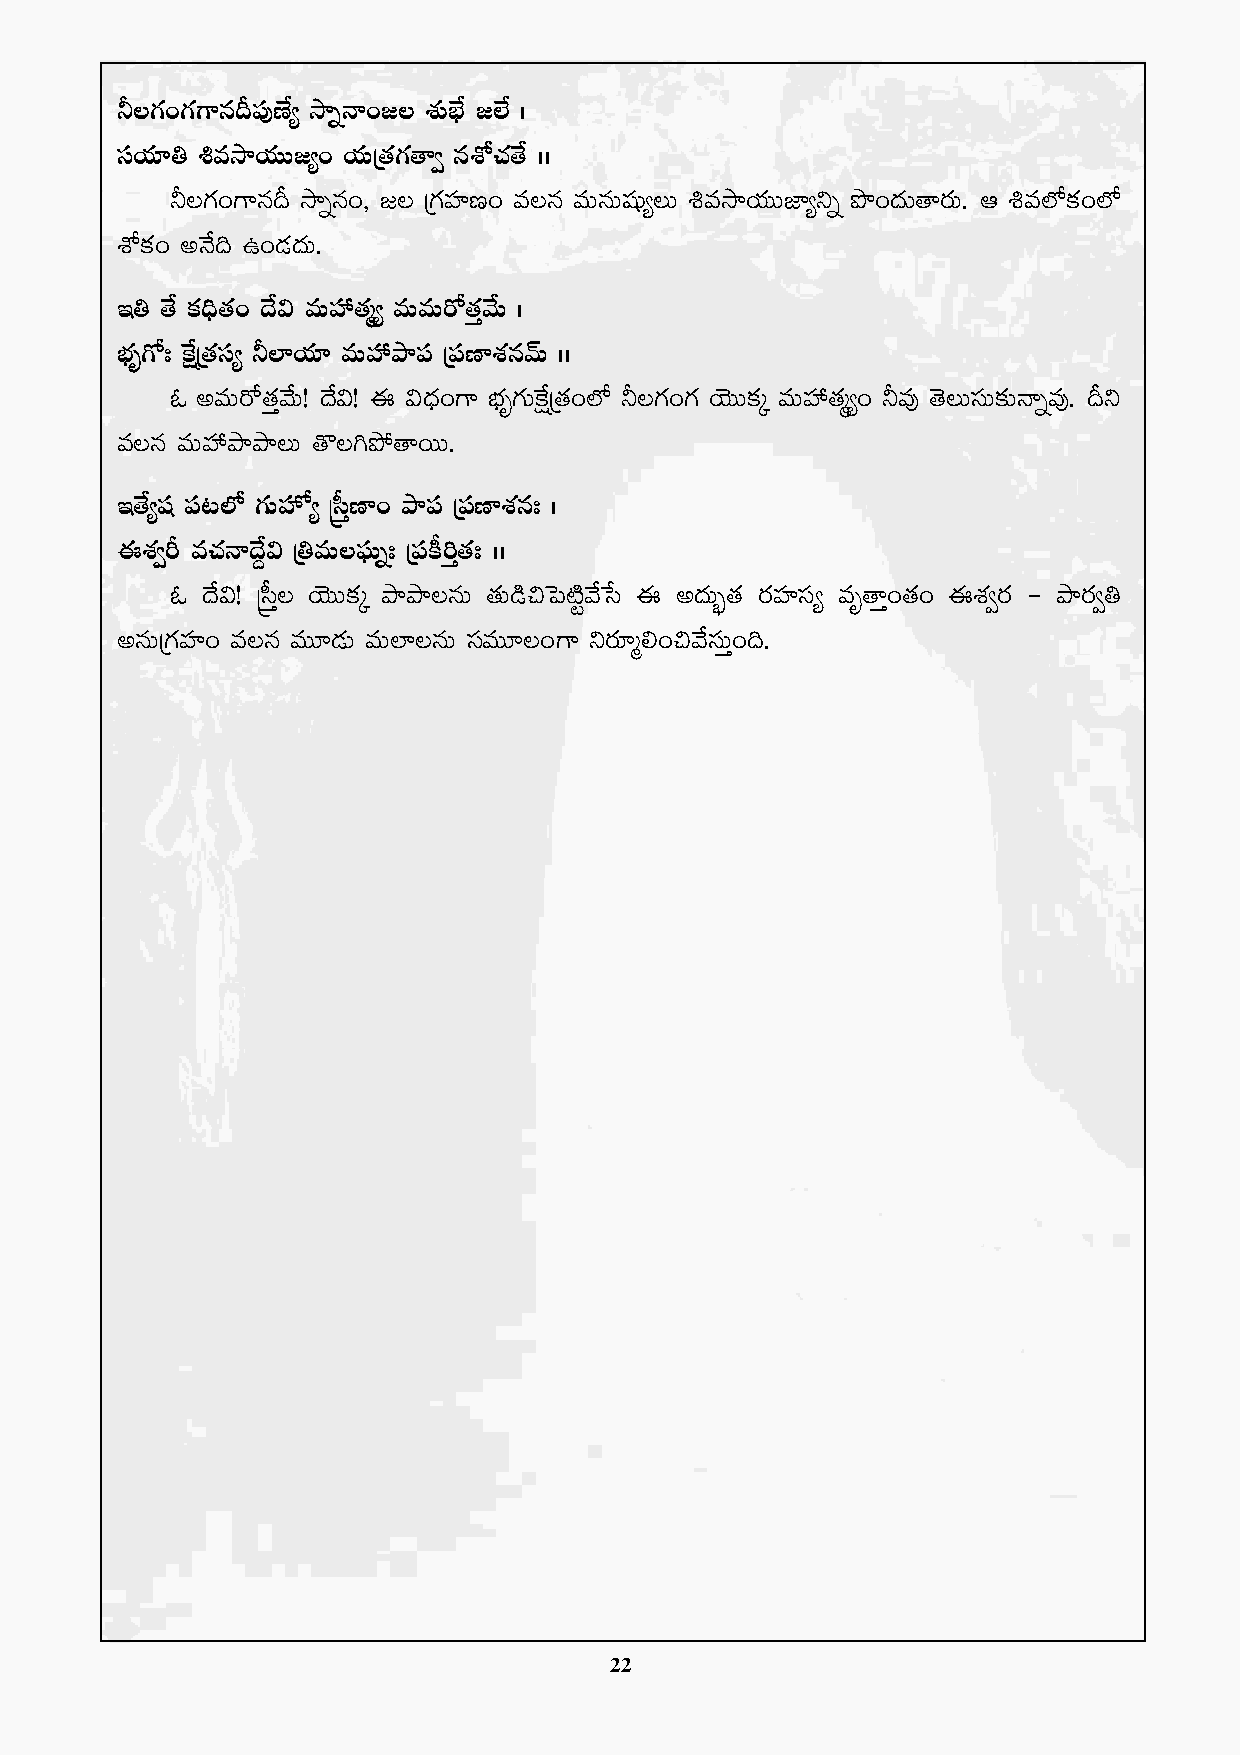
˙\>∑+>∑>±qB|ü⁄DÒ´ kÕïHê+»\ X¯óuÛÒ »˝Ò ˆ
 düj·÷‹ •ekÕj·TT»´+ j·TÁ‘·>∑‘ê« qXÀ#·‘˚ ˆˆ
 ˙\>∑+>±qB kÕïq+, »\ Á>∑Vü≤D+ e\q eTqTwüß´\T •ekÕj·TTC≤´ìï bı+<äT‘ês¡T. Ä •e˝Àø£+˝À
 XÀø£+ nH˚~ ñ+&É<äT.
 Ç‹ ‘˚ ø£~Û‘·+ <˚$ eTVü‰‘·à´ eTeTs√‘·Ôy˚T ˆ
 uÛÑè>√' πøåÁ‘·dü´ ˙˝≤j·÷ eTVü‰bÕ|ü Á|üD≤X¯qyéT ˆˆ
 z neTs√‘·Ôy˚T! <˚$! á $<Ûä+>± uÛÑè>∑TπøåÁ‘·+˝À ˙\>∑+>∑ jÓTTø£ÿ eTVü‰‘·à´+ ˙e⁄ ‘Ó\TdüT≈£îHêïe⁄. Bì
 e\q eTVü‰bÕbÕ\T ‘=\–b˛‘êsTT.
 Ç‘˚´wü |ü≥˝À >∑T¨´ Åd”ÔD≤+ bÕ|ü Á|üD≤X¯q' ˆ
 áX¯«Ø e#·Hê<˚›$ Á‹eT\|òüTï' Á|üø°]Ô‘·' ˆˆ
 z <˚$! Åd”Ô\ jÓTTø£ÿ bÕbÕ\qT ‘·T&ç∫ô|{Ïºy˚ùd á n<äT“¤‘· s¡Vü≤dü´ eè‘êÔ+‘·+ áX¯«s¡ ` bÕs¡«‹
 nqTÁ>∑Vü≤+ e\q eT÷&ÉT eT˝≤\qT düeT÷\+>± ìs¡÷à*+∫y˚düTÔ+~.
 22